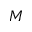
M